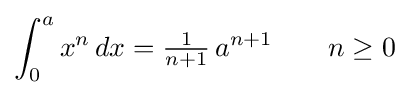
\int _{0}^{a}x^{n}\,dx={\tfrac {1}{n+1}}\,a^{n+1}\qquad n\geq 0